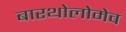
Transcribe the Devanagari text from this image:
बारथोलोमेव